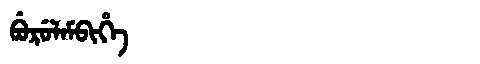
Manchu: ᠪᡠᡵᡠᠯᠠᠮᠪᡳᡥᡝ
Romanization: BURULAMBIHE